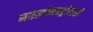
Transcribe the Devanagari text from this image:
माइक्रोकन्ट्रोलरों